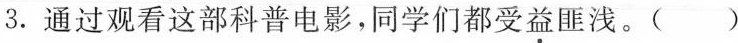
3.通过观看这部科普电影，同学们都受益匪浅。()